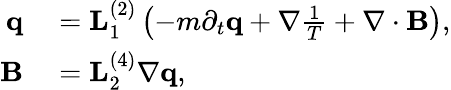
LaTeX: \begin{array}{rl}{\mathbf q}&{{}=\mathbf L_{1}^{(2)}\left(-m\partial_{t}\mathbf q+\nabla\frac{1}{T}+\nabla\cdot\mathbf B\right),}\\ {\mathbf B}&{{}=\mathbf L_{2}^{(4)}\nabla\mathbf q,}\end{array}